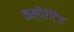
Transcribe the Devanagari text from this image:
कम्पैरेटिव